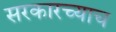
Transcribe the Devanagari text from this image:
सरकारच्याच